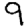
Digit: 9